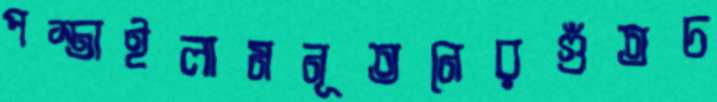
পস্তাইলামনূতনেরগুঁতচ